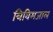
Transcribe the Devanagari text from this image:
त्रिविमजाल